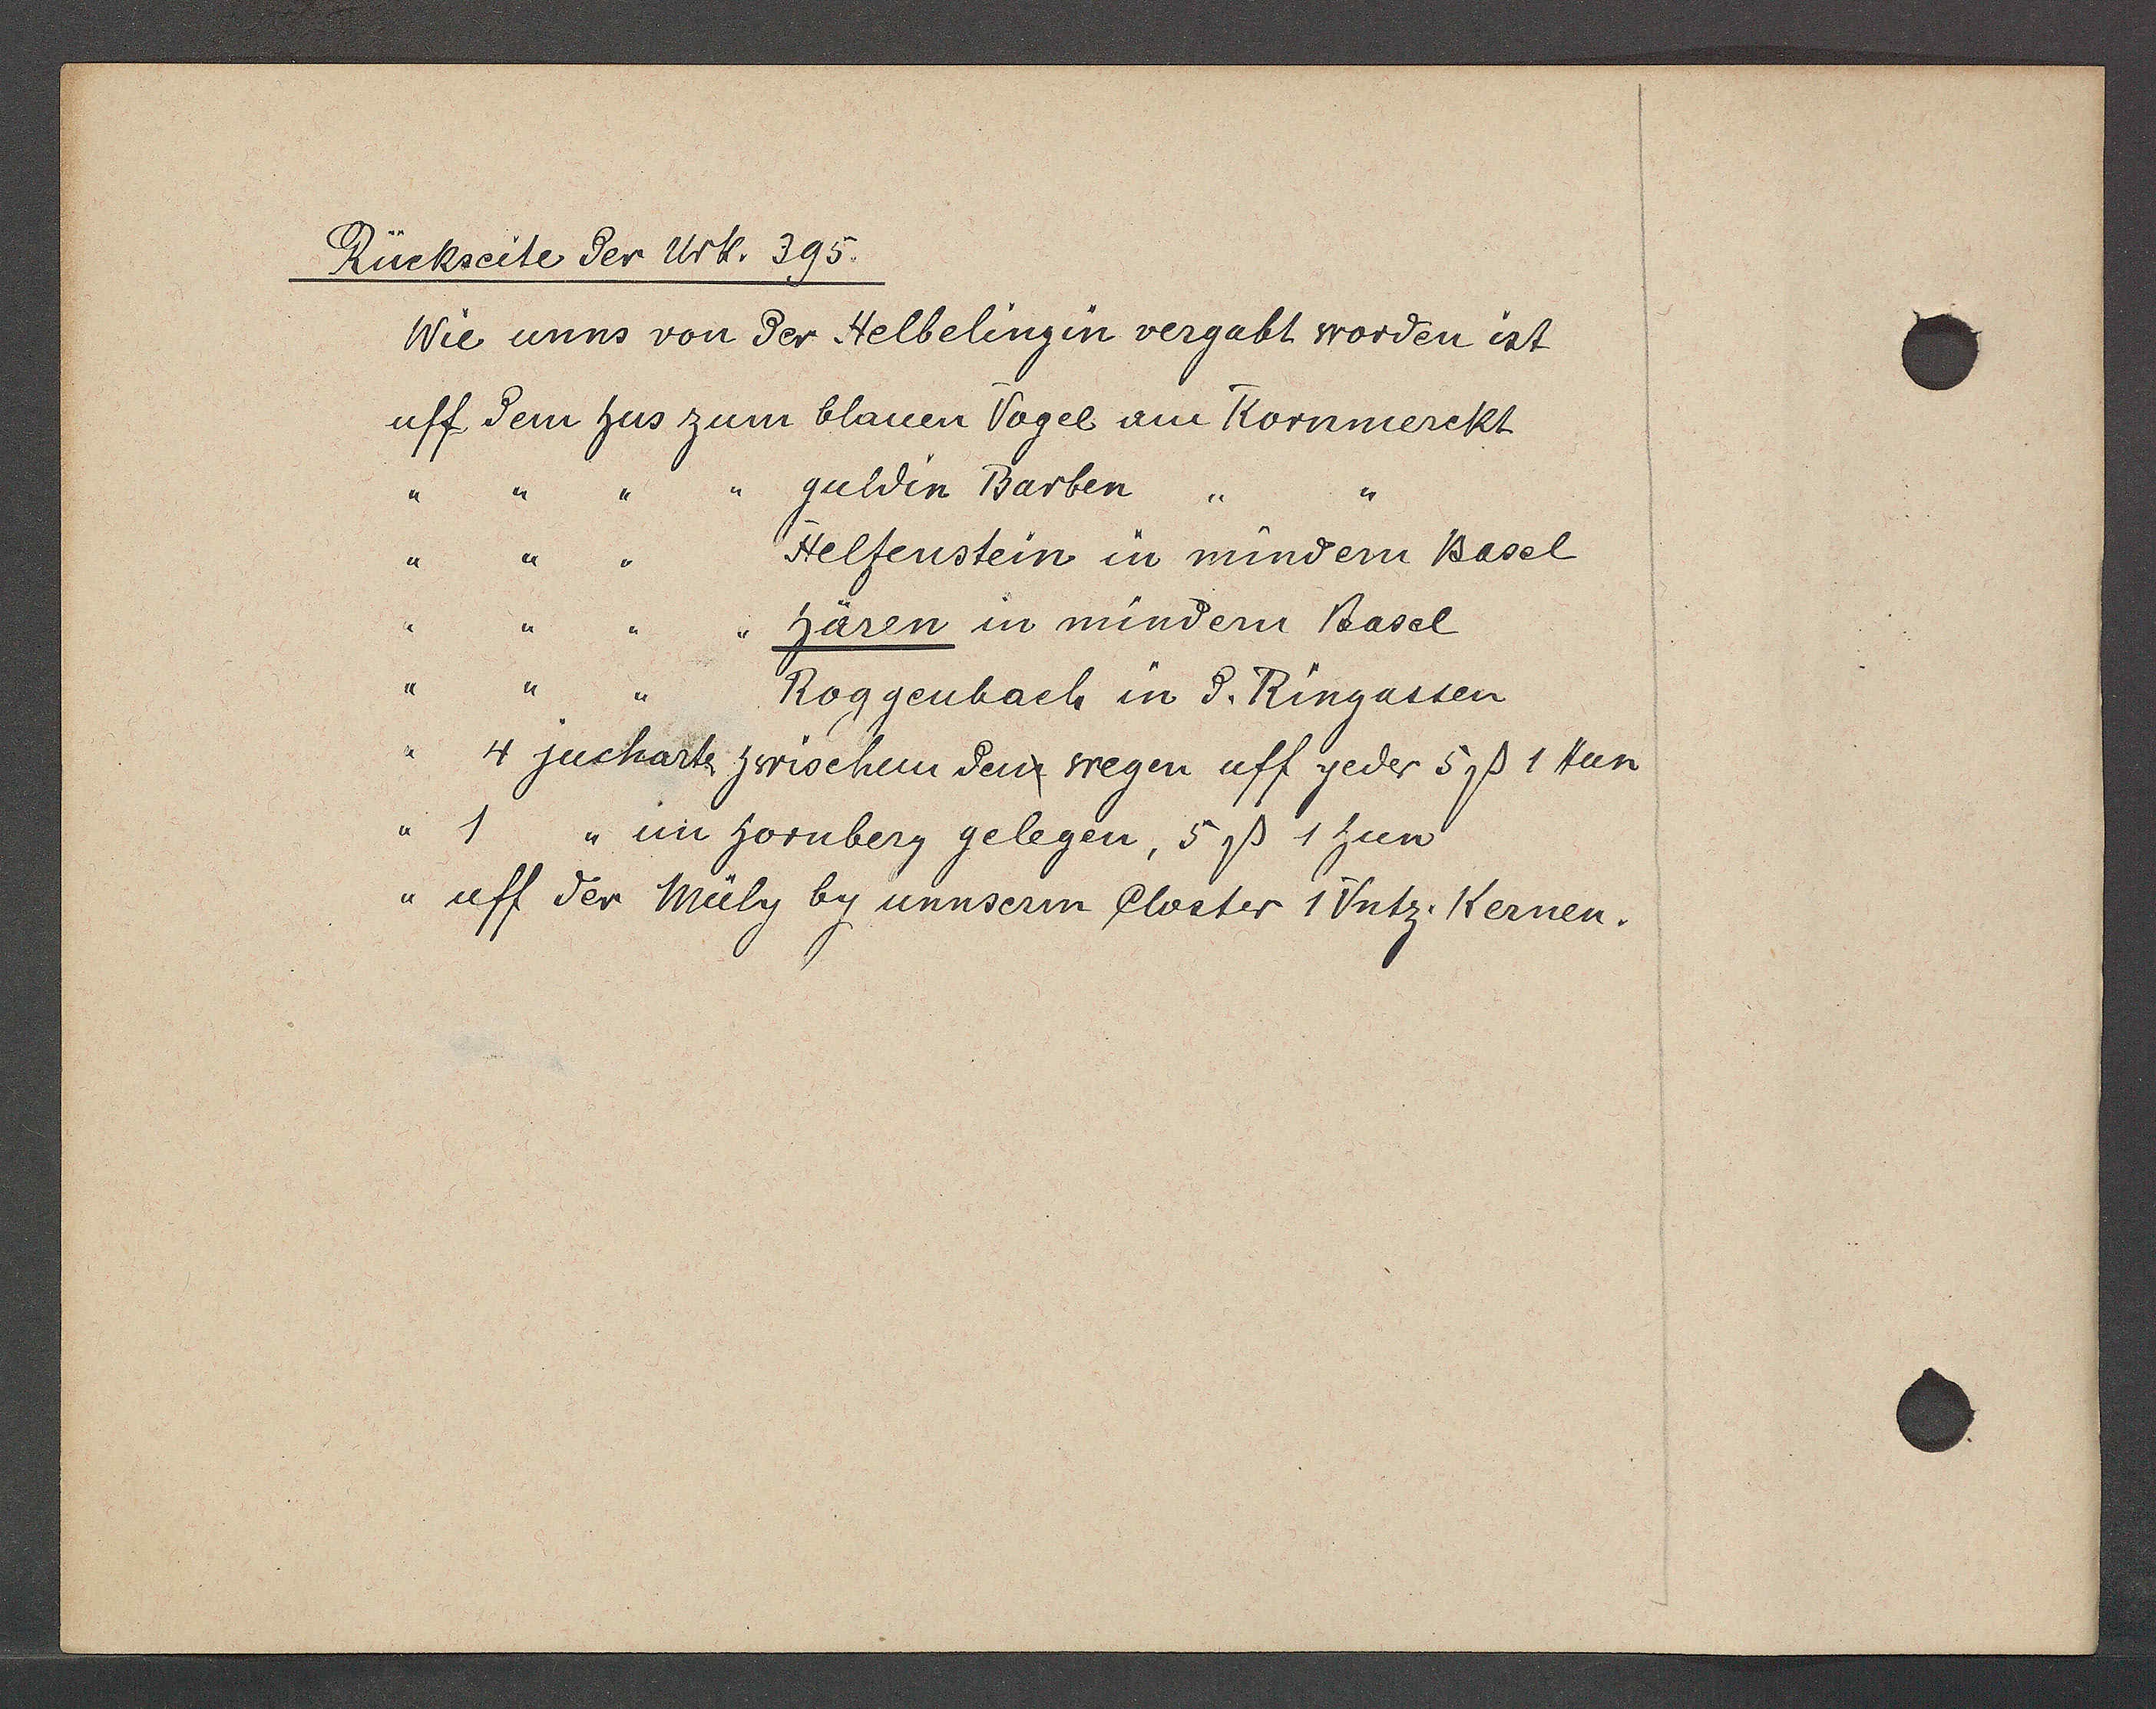
Transcript:
Rückseite der Urk. 395.

Wie unns von der Helbelingin vergabt worden ist
uff dem hus zum blauen Vogel am Kornmerckt
guldin Barben,,
Helfenstein in mindern Basel
hären in mindern Basel
Roggenbach in d. Ringassen
4 juchart zwischem den wegen uff jeder 5ß 1 Hun
,, 1
,, im hornberg gelegen, 5ß 1 hun
,, uff der Müly by unnserm Closter 1 Vntz. Kernen.